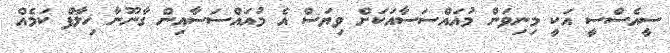
ސީއެސްސީ އަކީ މިނިވަން މުއައްސަސާއަކަށް ވިޔަސް އެ މުއައްސަސާއިން ގާނޫނާ ޚިލާފް ކަމެއް